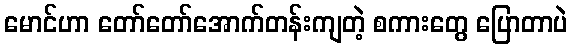
မောင်ဟာ တော်တော်အောက်တန်းကျတဲ့ စကားတွေ ပြောတာပဲ